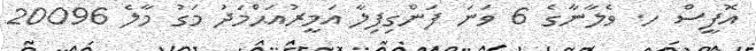
އޮފީސް ހ. ވެލާނާގެ 6 ވަނަ ފަންގިފިލާ އަމީރުއަޙްމަދު މަގު މާލެ 20096